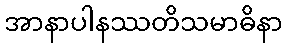
အာနာပါနဿတိသမာဓိနာ